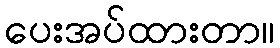
ပေးအပ်ထားတာ။